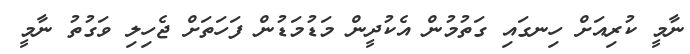
ނާމީ ކުރިއަށް ހިނގައި ގަތުމުން އެކުދީން މަޑުމަޑުން ފަހަތަށް ޖެހިލި ވަގުތު ނާމީ